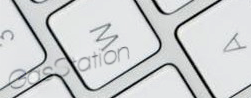
GasStation